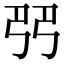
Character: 𠨓